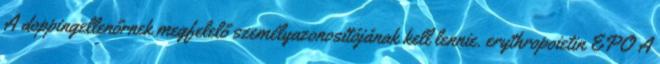
A doppingellenőrnek megfelelő személyazonosítójának kell lennie. erythropoietin EPO A